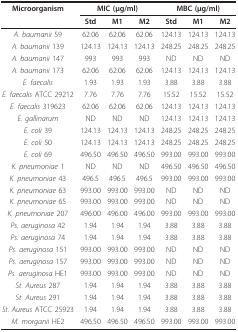
<table><thead><tr><td><b>Microorganism</b></td><td colspan="3"><b>MIC (μg/ml)</b></td><td colspan="3"><b>MBC (μg/ml)</b></td></tr><tr><td></td><td><b>Std</b></td><td><b>M1</b></td><td><b>M2</b></td><td><b>Std</b></td><td><b>M1</b></td><td><b>M2</b></td></tr></thead><tbody><tr><td><i>A. baumanii </i>59</td><td>62.06</td><td>62.06</td><td>62.06</td><td>124.13</td><td>124.13</td><td>124.13</td></tr><tr><td><i>A. baumanii </i>139</td><td>124.13</td><td>124.13</td><td>124.13</td><td>248.25</td><td>248.25</td><td>248.25</td></tr><tr><td><i>A. baumanii </i>147</td><td>993</td><td>993</td><td>993</td><td>ND</td><td>ND</td><td>ND</td></tr><tr><td><i>A. baumanii </i>173</td><td>62.06</td><td>62.06</td><td>62.06</td><td>124.13</td><td>124.13</td><td>124.13</td></tr><tr><td><i>E. faecalis</i></td><td>1.93</td><td>1.93</td><td>1.93</td><td>3.88</td><td>3.88</td><td>3.88</td></tr><tr><td><i>E. faecalis </i>ATCC 29212</td><td>7.76</td><td>7.76</td><td>7.76</td><td>15.52</td><td>15.52</td><td>15.52</td></tr><tr><td><i>E. faecalis </i>319623</td><td>62.06</td><td>62.06</td><td>62.06</td><td>124.13</td><td>124.13</td><td>124.13</td></tr><tr><td><i>E. gallinarum</i></td><td>ND</td><td>ND</td><td>ND</td><td>124.13</td><td>124.13</td><td>124.13</td></tr><tr><td><i>E. coli </i>39</td><td>124.13</td><td>124.13</td><td>124.13</td><td>248.25</td><td>248.25</td><td>248.25</td></tr><tr><td><i>E. coli </i>50</td><td>124.13</td><td>124.13</td><td>124.13</td><td>248.25</td><td>248.25</td><td>248.25</td></tr><tr><td><i>E. coli </i>69</td><td>496.50</td><td>496.50</td><td>496.50</td><td>993.00</td><td>993.00</td><td>993.00</td></tr><tr><td><i>K. pneumoniae </i>1</td><td>ND</td><td>ND</td><td>ND</td><td>496.50</td><td>496.50</td><td>496.50</td></tr><tr><td><i>K. pneumoniae </i>43</td><td>496.5</td><td>496.5</td><td>496.5</td><td>993.00</td><td>993.00</td><td>993.00</td></tr><tr><td><i>K. pneumoniae </i>63</td><td>993.00</td><td>993.00</td><td>993.00</td><td>ND</td><td>ND</td><td>ND</td></tr><tr><td><i>K. pneumoniae </i>65</td><td>993.00</td><td>993.00</td><td>993.00</td><td>ND</td><td>ND</td><td>ND</td></tr><tr><td><i>K. pneumoniae </i>207</td><td>496.00</td><td>496.00</td><td>496.00</td><td>993.00</td><td>993.00</td><td>993.00</td></tr><tr><td><i>Ps. aeruginosa </i>42</td><td>1.94</td><td>1.94</td><td>1.94</td><td>3.88</td><td>3.88</td><td>3.88</td></tr><tr><td><i>Ps. aeruginosa </i>74</td><td>1.94</td><td>1.94</td><td>1.94</td><td>3.88</td><td>3.88</td><td>3.88</td></tr><tr><td><i>Ps. aeruginosa </i>151</td><td>993.00</td><td>993.00</td><td>993.00</td><td>ND</td><td>ND</td><td>ND</td></tr><tr><td><i>Ps. aeruginosa </i>157</td><td>993.00</td><td>993.00</td><td>993.00</td><td>ND</td><td>ND</td><td>ND</td></tr><tr><td><i>Ps. aeruginosa </i>HE1</td><td>993.00</td><td>993.00</td><td>993.00</td><td>ND</td><td>ND</td><td>ND</td></tr><tr><td><i>St. Aureus </i>287</td><td>1.94</td><td>1.94</td><td>1.94</td><td>3.88</td><td>3.88</td><td>3.88</td></tr><tr><td><i>St. Aureus </i>291</td><td>1.94</td><td>1.94</td><td>1.94</td><td>3.88</td><td>3.88</td><td>3.88</td></tr><tr><td><i>St. Aureus </i>ATCC 25923</td><td>1.94</td><td>1.94</td><td>1.94</td><td>3.88</td><td>3.88</td><td>3.88</td></tr><tr><td><i>M. morganii </i>HE2</td><td>496.50</td><td>496.50</td><td>496.50</td><td>993.00</td><td>993.00</td><td>993.00</td></tr></tbody></table>